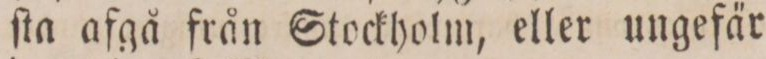
ſta afgå från Stockholm, eller ungefär